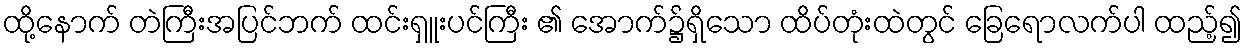
ထို့နောက် တဲကြီးအပြင်ဘက် ထင်းရှူးပင်ကြီး ၏ အောက်၌ရှိသော ထိပ်တုံးထဲတွင် ခြေရောလက်ပါ ထည့်၍